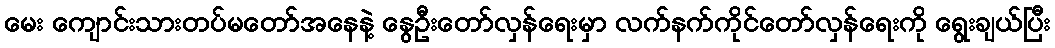
မေး ကျောင်းသားတပ်မတော်အနေနဲ့ နွေဦးတော်လှန်ရေးမှာ လက်နက်ကိုင်တော်လှန်ရေးကို ရွေးချယ်ပြီး